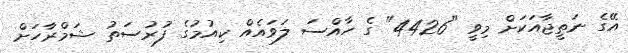
އޭގެ ނަތީޖާއަކަށް މިވީ "4426" ގެ ހާއްސަ ލަވައެއް ކިއުމުގެ ފުރުސަތު ޝަމްރާހަށް